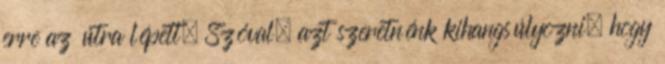
erre az útra lépett. Szóval, azt szeretnénk kihangsúlyozni, hogy